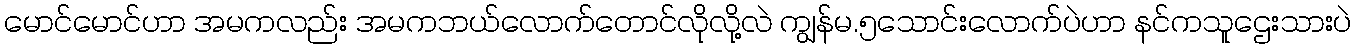
မောင်မောင်ဟာ အမကလည်း အမကဘယ်လောက်တောင်လိုလို့လဲ ကျွန်မ.၅သောင်းလောက်ပဲဟာ နင်ကသူဌေးသားပဲ